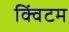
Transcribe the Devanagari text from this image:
क्विंटम